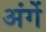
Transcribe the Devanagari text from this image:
अंगें